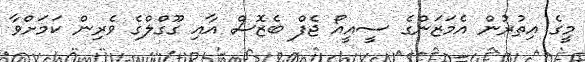
މީގެ އިތުރުން އެމަޒަންގެ ސީއީއޯ ޖެފް ބެޒޮސް އާއި ގޫގްލްގެ ވެރިން ކަމަށްވާ